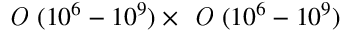
\textit { O } ( 1 0 ^ { 6 } - 1 0 ^ { 9 } ) \times \textit { O } ( 1 0 ^ { 6 } - 1 0 ^ { 9 } )